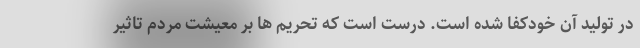
در تولید آن خودکفا شده است. درست است که تحریم ها بر معیشت مردم تاثیر